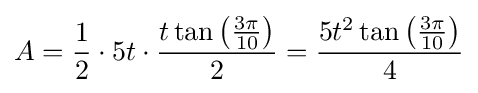
A={\frac {1}{2}}\cdot 5t\cdot {\frac {t\tan {\mathord {\left({\frac {3\pi }{10}}\right)}}}{2}}={\frac {5t^{2}\tan {\mathord {\left({\frac {3\pi }{10}}\right)}}}{4}}